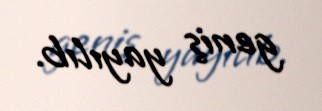
geniş yayılıb.